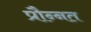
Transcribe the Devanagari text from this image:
प्रौन्‍नत